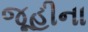
જૂહીના